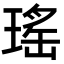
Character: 瑤